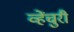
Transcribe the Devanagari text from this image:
व्हेंचुरी